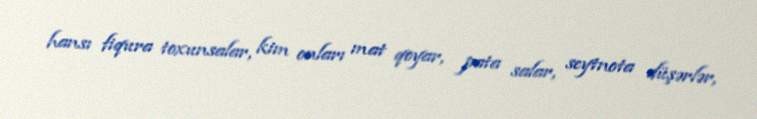
hansı fiqura toxunsalar, kim onları mat qoyar, pata salar, seytnota düşərlər,